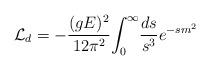
LaTeX: \begin{align*}{\cal L}_{d} =- {\frac {(gE)^2}{12 \pi^2}} {\int_0}^{\infty} {\frac {ds}{s^3} e^{-sm^2}}\end{align*}